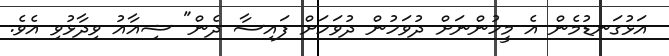
އަޅުގަނޑުމެން އެ މީހުންނަށް ދުވަހުން ދުވަހަށް ފައިސާ ދެން" ޝިއާއު ވިދާޅުވި އެވެ.